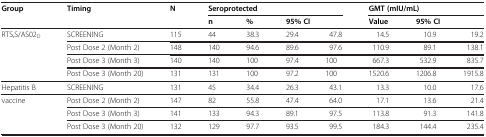
<table><thead><tr><td><b>Group</b></td><td><b>Timing</b></td><td><b>N</b></td><td colspan="4"><b>Seroprotected</b></td><td colspan="3"><b>GMT (mIU/mL)</b></td></tr><tr><td><b> </b></td><td><b> </b></td><td><b> </b></td><td><b>n</b></td><td><b>%</b></td><td><b>95% CI</b></td><td><b> </b></td><td><b>Value</b></td><td><b>95% CI</b></td><td><b> </b></td></tr></thead><tbody><tr><td>RTS,S/AS02<sub>D</sub></td><td>SCREENING</td><td>115</td><td>44</td><td>38.3</td><td>29.4</td><td>47.8</td><td>14.5</td><td>10.9</td><td>19.2</td></tr><tr><td> </td><td>Post Dose 2 (Month 2)</td><td>148</td><td>140</td><td>94.6</td><td>89.6</td><td>97.6</td><td>110.9</td><td>89.1</td><td>138.1</td></tr><tr><td> </td><td>Post Dose 3 (Month 3)</td><td>140</td><td>140</td><td>100</td><td>97.4</td><td>100</td><td>667.3</td><td>532.9</td><td>835.7</td></tr><tr><td> </td><td>Post Dose 3 (Month 20)</td><td>131</td><td>131</td><td>100</td><td>97.2</td><td>100</td><td>1520.6</td><td>1206.8</td><td>1915.8</td></tr><tr><td>Hepatitis B</td><td>SCREENING</td><td>131</td><td>45</td><td>34.4</td><td>26.3</td><td>43.1</td><td>13.3</td><td>10.0</td><td>17.6</td></tr><tr><td>vaccine</td><td>Post Dose 2 (Month 2)</td><td>147</td><td>82</td><td>55.8</td><td>47.4</td><td>64.0</td><td>17.1</td><td>13.6</td><td>21.4</td></tr><tr><td> </td><td>Post Dose 3 (Month 3)</td><td>141</td><td>133</td><td>94.3</td><td>89.1</td><td>97.5</td><td>113.8</td><td>91.3</td><td>141.8</td></tr><tr><td> </td><td>Post Dose 3 (Month 20)</td><td>132</td><td>129</td><td>97.7</td><td>93.5</td><td>99.5</td><td>184.3</td><td>144.4</td><td>235.4</td></tr></tbody></table>